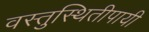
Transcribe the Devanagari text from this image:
वस्तुस्थितीपायी